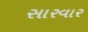
સારવાર